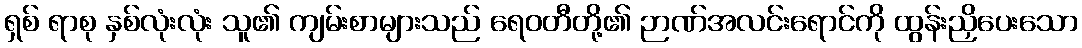
ရှစ် ရာစု နှစ်လုံးလုံး သူ၏ ကျမ်းစာများသည် ရေဝတီတို့၏ ဉာဏ်အလင်းရောင်ကို ထွန်းညှိပေးသော